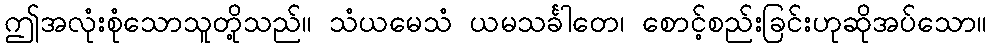
ဤအလုံးစုံသောသူတို့သည်။ သံယမေသံ ယမသင်္ခါတေ၊ စောင့်စည်းခြင်းဟုဆိုအပ်သော။